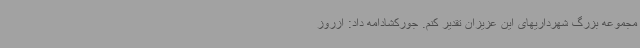
مجموعه بزرگ شهرداریهای این عزیزان تقدیر کنم. جورکشادامه داد: ازروز